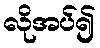
လိုအပ်၍